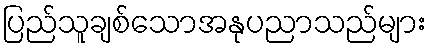
ပြည်သူချစ်သောအနုပညာသည်များ